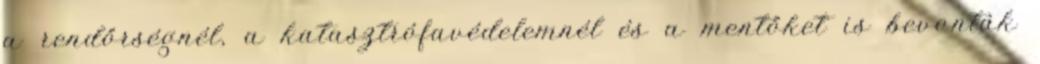
a rendőrségnél, a katasztrófavédelemnél és a mentőket is bevonták